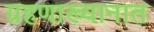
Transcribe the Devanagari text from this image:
ग्रहणाख्यानात